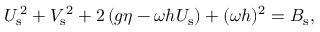
{ U } _ { \mathrm { s } } ^ { \, 2 } + { V } _ { \mathrm { s } } ^ { \, 2 } + 2 \left( g \eta - \omega h { U } _ { \mathrm { s } } \right) + ( \omega h ) ^ { 2 } = { B } _ { \mathrm { s } } ,